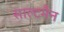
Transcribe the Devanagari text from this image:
साल्टमैन